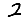
Digit: 2